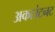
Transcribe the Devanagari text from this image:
अकाउंटनट